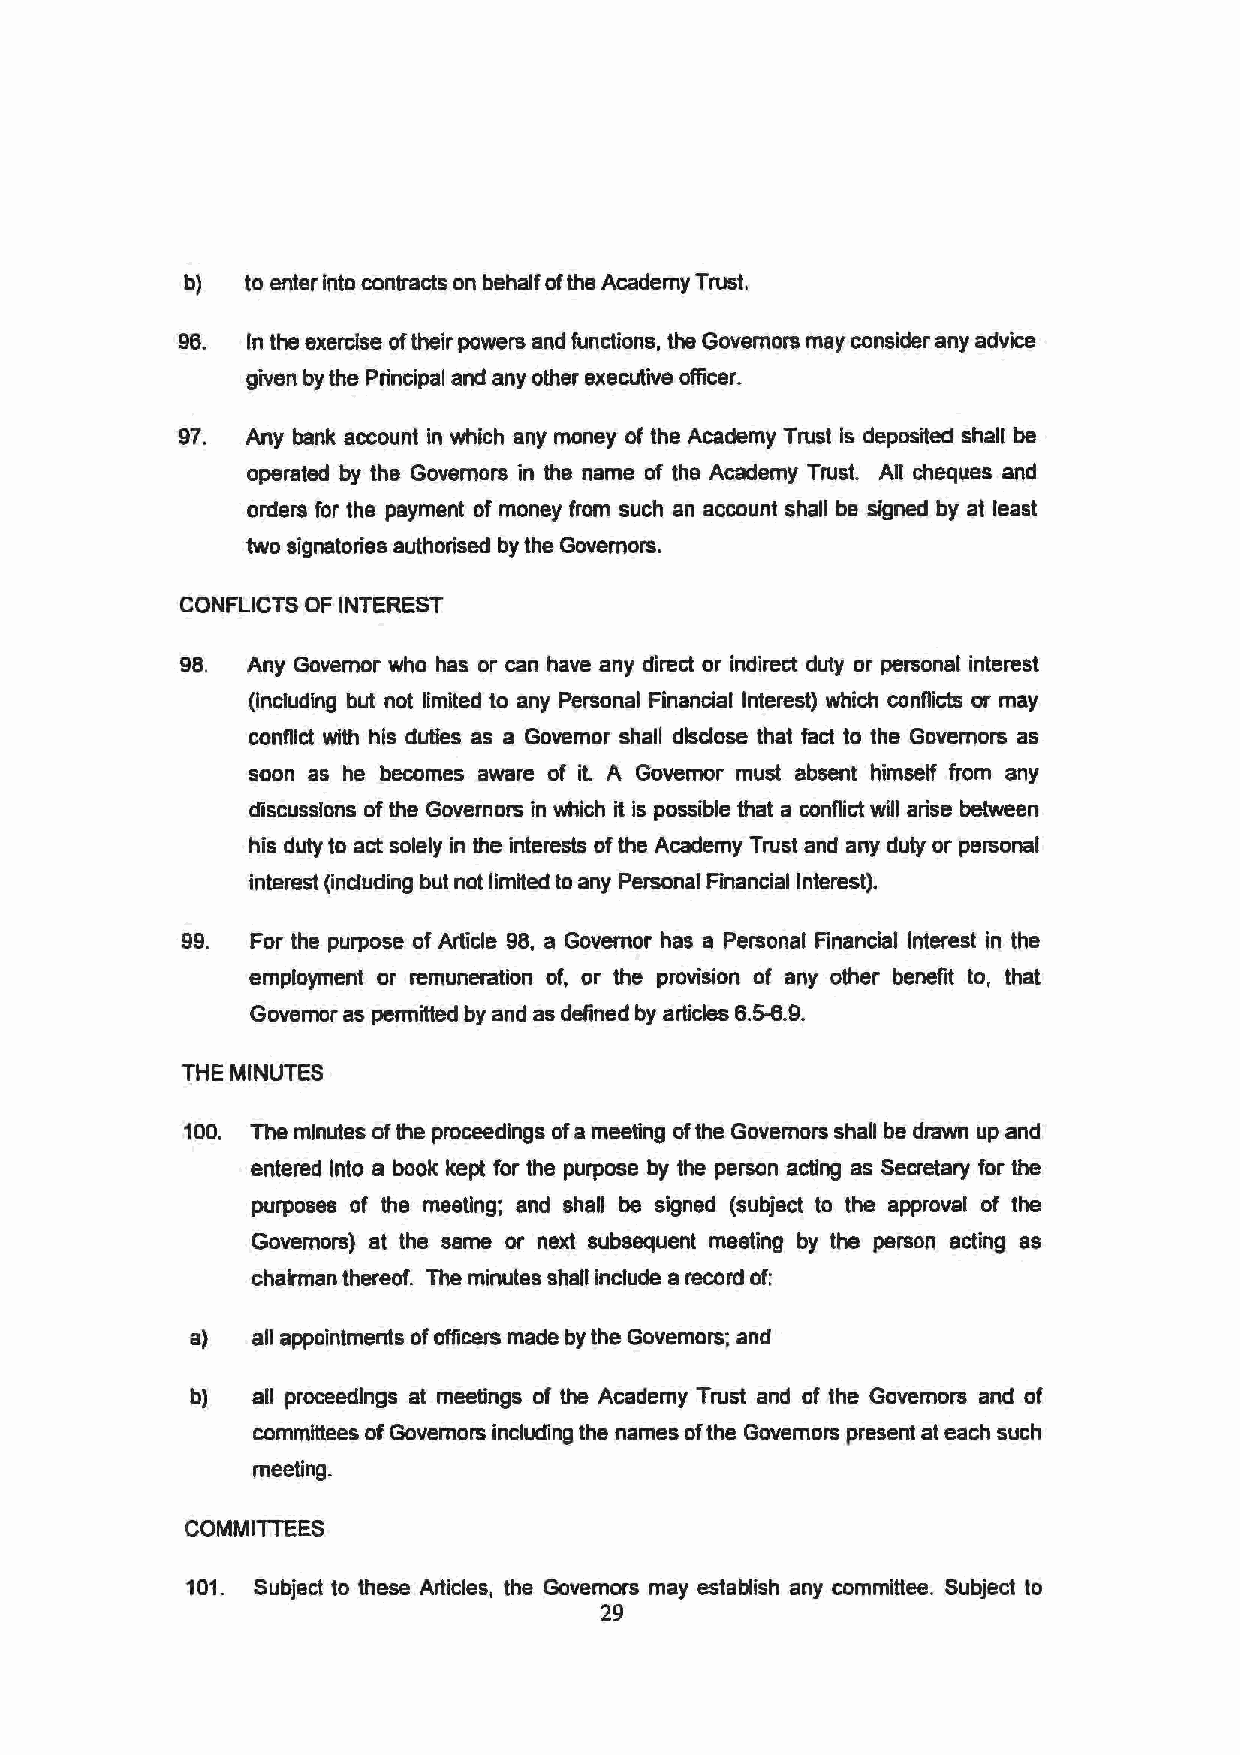
b)  to enter into contracts on behalf of the Academy Trust.
 96. In the exercise of their powers and functions, the Governors may consider any advice
 given by the Principal and any other executive officer.
 97. Any bank account in which any money of the Academy Trust is deposited shall be
 operated by the Governors in the name of the Academy Trust. All cheques and
 orders for the payment of money from such an account shall be signed by at least
 two signatories authorised by the Governors.
 CONFLICTS OF INTEREST
 98. Any Governor who has or can have any direct or indirect duty or personal interest
 (including but not limited to any Personal Financial Interest) which conflicts or may
 conflict with his duties as a Governor shall disclose that fact to the Governors as
 soon as he becomes aware of it. A Governor must absent himself from any
 discussions of the Governors in which it is possible that a conflict will arise between
 his duty to act solely in the interests of the Academy Trust and any duty or personal
 interest (including but not limited to any Personal Financial Interest).
 99. For the purpose of Article 98, a Governor has a Personal Financial Interest in the
 employment or remuneration of, or the provision of any other benefit to, that
 Governor as permitted by and as defined by articles 6.5-6.9.
 THE MINUTES
 100. The minutes of the proceedings of a meeting of the Governors shall be drawn up and
 entered Into a book kept for the purpose by the person acting as Secretary for the
 purposes of the meeting; and shaD be signed (subject to the approval of the
 Governors) at the same or next subsequent meeting by the person acting as
 chairman thereof. The minutes shall include a record of:
 a)   all appointments of officers made by the Governors; and
 b)   all proceedings at meetings of the Academy Trust and of the Governors and of
 committees of Governors including the names of the Governors present at each such
 meeting.
 COMMilTEES
 101. Subject to these Articles, the Governors may establish any committee. Subject to
 29